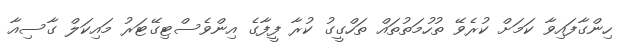
ހިންގާފައިވާ ކަމަށް ކުރެވޭ ތުހުމަތުތައް ތަހްގީގު ކުރާ ފީފާގެ އިންވެސްޓިގޭޓަރު މައިކަލް ގާސިއާ